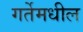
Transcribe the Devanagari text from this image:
गर्तेमधील